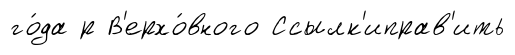
го́да р В'ерхо́вного Ссылк'иправ'ить